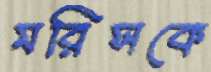
মরিসকে